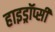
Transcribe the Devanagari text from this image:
हाइड्रॉप्सी